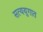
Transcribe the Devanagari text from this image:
सत्ययुगात